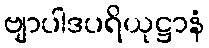
ဗျာပါဒပရိယုဋ္ဌာနံ